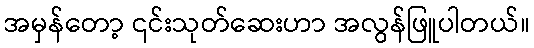
အမှန်တော့ ၎င်းသုတ်ဆေးဟာ အလွန်ဖြူပါတယ်။